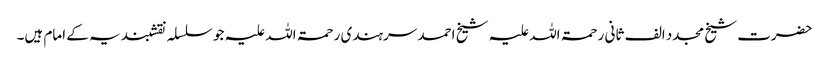
حضرت شیخ مجدد الف ثانی رحمۃ اللہ علیہ شیخ احمد سرہندی رحمۃ اللہ علیہ جو سلسلہ نقشبندیہ کے امام ہیں۔